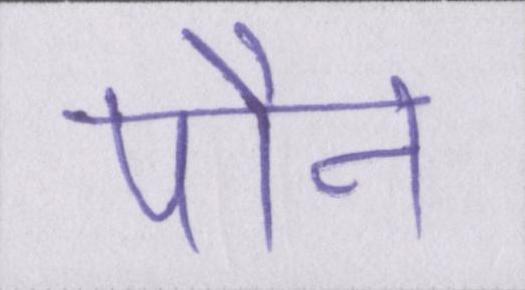
पौन